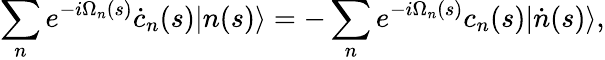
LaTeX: \sum_{n}e^{-i\Omega_{n}(s)}\dot{c}_{n}(s)|n(s)\rangle=-\sum_{n}e^{-i\Omega_{n}(s)}c_{n}(s)|\dot{n}(s)\rangle,